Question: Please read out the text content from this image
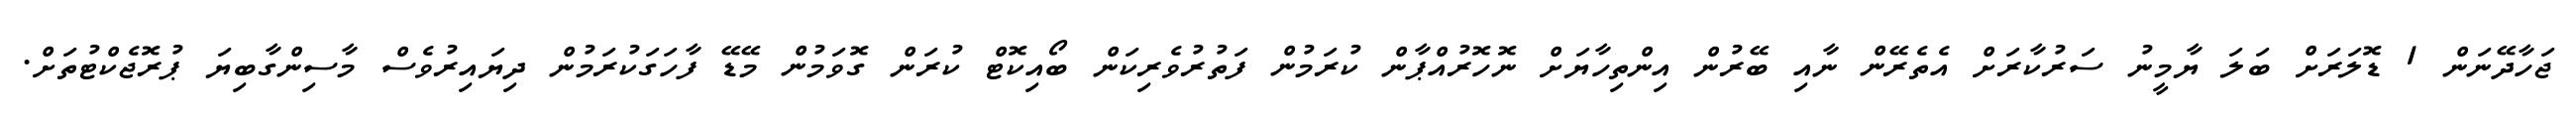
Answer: ޖަހާދޭނަން 1 ޑޮލަރަށް ބަލަ ޔާމީނު ސަރުކާރަށް އެތެރޭން ނާއި ބޭރުން އިންތިހާޔަށް ނޮހޮރުއްޕާން ކުރަމުން ފަތުރުވެރިކަން ބޯއިކޮޓް ކުރަން ގޮވަމުން މޭޑޭ ފާހަގަކުރަމުން ދިޔައިރުވެސް މާސިންގާބިޔަ ޕުރޮޖެކްޓުތަށް.